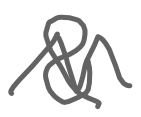
Text: &
Cross-out: zig-zag
Writing tool: digital_gray